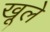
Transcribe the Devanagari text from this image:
खूले